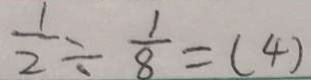
\frac { 1 } { 2 } \div \frac { 1 } { 8 } = ( 4 )